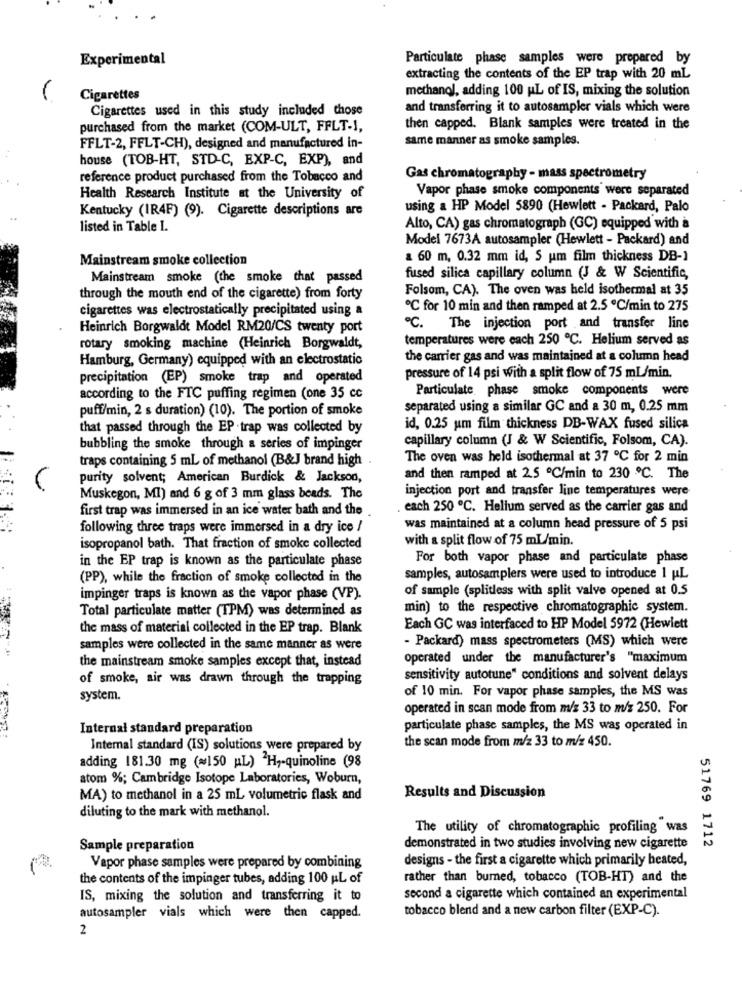
Experimental
Particulate phase samples were prepared by
extracting the contents of the EP trap with 20 mL
-
methanol, adding 100 AL of IS, mixing the solution
Cigarettes
Cigarettes used in this study included those
and transferring it to autosampler vials which were
purchased from the market (COM-ULT, FFLT-1,
then capped. Blank samples were treated in the
same manner as smoke samples.
FFLT-2, FFLT-CH), designed and manufactured in-
house (TOB-HT, STD-C, EXP-C, EXP), and
reference product purchased from the Tobacco and
Gas chromatography - mass spectrometry
Vapor phase smoke components were separated
Health Research Institute at the University of
Kentucky (IR4F) (9). Cigarette descriptions are
using a HP Model 5890 (Hewlett - Packard, Palo
listed in Table 1.
Alto, CA) gas chromatograph (GC) equipped with à
Model 7673A autosampler (Hewlett - Packard) and
Mainstream smoke collection
60 m, 0.32 mm id, S um film thickness DB-1
Mainstream smoke (the smoke that passed
fused silica capillary column (J & W Scientific,
Folsom, CA). The oven was held isothermal at 35
through the mouth end of the cigarette) from forty
cigarettes was electrostatically precipitated using a
℃ for 10 min and then ramped at 2.5 ℃/min to 275
Heinrich Borgwaldt Model RM20/CS twenty port
℃. The injection port and transfer line
temperatures were each 250 ℃. Helium served as
rotary smoking machine (Heinrich Borgwaldt,
Hamburg, Germany) equipped with an electrostatic
the carrier gas and was maintained at a column head
precipitation (EP) smoke trap and operated
pressure of 14 psi with a split flow of 75 ml/min.
Particulate phase smoke components were
according to the FTC puffing regimen (one 35 cc
puff/min, 2 s duration) (10). The portion of smoke
separated using a similar GC and a 30 m, 0.25 mm
that passed through the EP trap was collected by
id, 0.25 um film thickness DB-WAX fused silica
capillary column (J & W Scientific, Folsom, CA).
bubbling the smoke through a series of impinger
traps containing 5 mL of methanol (B&J brand high
The oven was held isothermal at 37 ℃ for 2 min
purity solvent; American Burdick & Jackson,
and then ramped at 2.5 ℃/min to 230 ℃. The
injection port and transfer line temperatures were
Muskegon, MI) and 6 g of 3 mm glass beads. The
first trap was immersed in an ice water bath and the
each 250 ℃. Helium served as the carrier gas and
following three traps were immersed in a dry ice /
was maintained at a column head pressure of 5 psi
with a split flow of 75 ml/min.
isopropanol bath. That fraction of smoke collected
in the EP trap is known as the particulate phase
For both vapor phase and particulate phase
(PP), while the fraction of smoke collected in the
samples, autosamplers were used to introduce 1 uL
of sample (splitless with split valve opened at 0.5
impinger traps is known as the vapor phase (VP).
Total particulate matter (TPM) was determined as
min) to the respective chromatographic system.
the mass of material collected in the EP trap. Blank
Each GC was interfaced to HP Model 5972 (Hewlett
- Packard) mass spectrometers (MS) which were
samples were collected in the same manner as were
the mainstream smoke samples except that, instead
operated under the manufacturer's "maximum
of smoke, air was drawn through the trapping
sensitivity autotune" conditions and solvent delays
of 10 min. For vapor phase samples, the MS was
system.
operated in scan mode from m/s 33 to m/z 250. For
Internal standard preparation
particulate phase samples, the MS was operated in
the scan mode from m/2 33 to m/z 450.
Internal standard (IS) solutions were prepared by
adding 181.30 mg (=150 AL) H ,- quinoline (98
atom %; Cambridge Isotope Laboratories, Woburn,
MA) to methanol in a 25 mL volumetric flask and
Results and Discussion
diluting to the mark with methanol.
The utility of chromatographic profiling was
Sample preparation
demonstrated in two studies involving new cigarette
51769 1712
designs - the first a cigarette which primarily heated,
Vapor phase samples were prepared by combining
the contents of the impinger tubes, adding 100 AL of
rather than burned, tobacco (TOB-HT) and the
IS, mixing the solution and transferring it to
second a cigarette which contained an experimental
tobacco blend and a new carbon filter (EXP-C).
autosampler vials which were then capped.
2